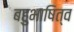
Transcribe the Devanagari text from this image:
बहुभाषित्व